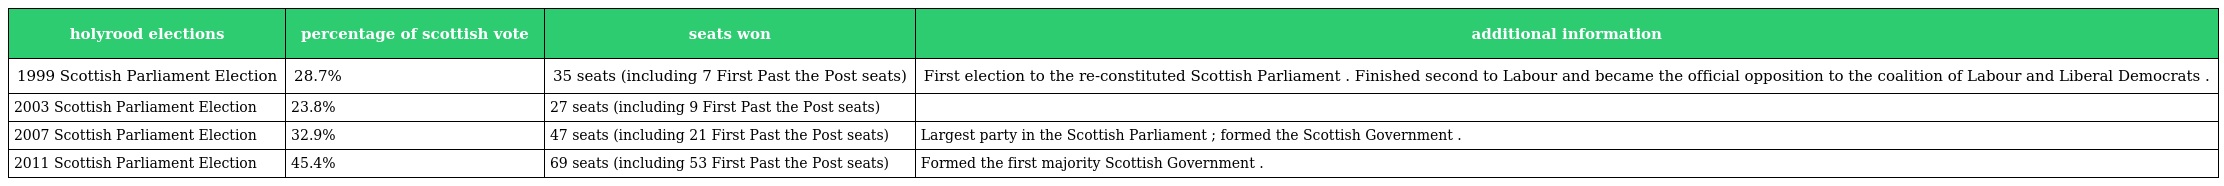
| holyrood elections | percentage of scottish vote | seats won | additional information |
 | --- | --- | --- | --- |
 | 1999 Scottish Parliament Election | 28.7% | 35 seats (including 7 First Past the Post seats) | First election to the re-constituted Scottish Parliament . Finished second to Labour and became the official opposition to the coalition of Labour and Liberal Democrats . |
 | 2003 Scottish Parliament Election | 23.8% | 27 seats (including 9 First Past the Post seats) |  |
 | 2007 Scottish Parliament Election | 32.9% | 47 seats (including 21 First Past the Post seats) | Largest party in the Scottish Parliament ; formed the Scottish Government . |
 | 2011 Scottish Parliament Election | 45.4% | 69 seats (including 53 First Past the Post seats) | Formed the first majority Scottish Government . |